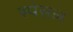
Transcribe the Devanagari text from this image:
स्पेसल